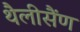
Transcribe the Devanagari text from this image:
थैलीसैंण